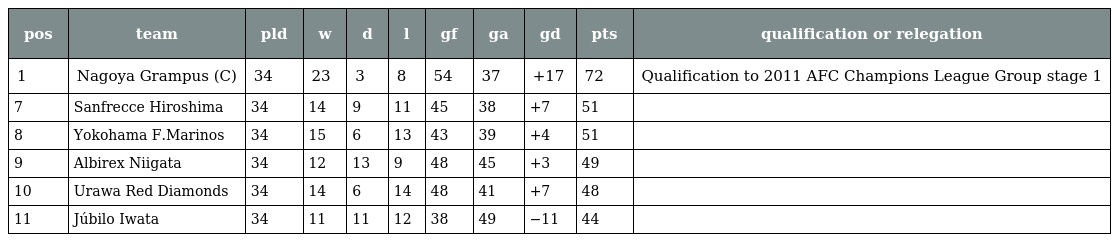
| pos | team | pld | w | d | l | gf | ga | gd | pts | qualification or relegation |
 | --- | --- | --- | --- | --- | --- | --- | --- | --- | --- | --- |
 | 1 | Nagoya Grampus (C) | 34 | 23 | 3 | 8 | 54 | 37 | +17 | 72 | Qualification to 2011 AFC Champions League Group stage 1 |
 | 7 | Sanfrecce Hiroshima | 34 | 14 | 9 | 11 | 45 | 38 | +7 | 51 |  |
 | 8 | Yokohama F.Marinos | 34 | 15 | 6 | 13 | 43 | 39 | +4 | 51 |  |
 | 9 | Albirex Niigata | 34 | 12 | 13 | 9 | 48 | 45 | +3 | 49 |  |
 | 10 | Urawa Red Diamonds | 34 | 14 | 6 | 14 | 48 | 41 | +7 | 48 |  |
 | 11 | Júbilo Iwata | 34 | 11 | 11 | 12 | 38 | 49 | −11 | 44 |  |